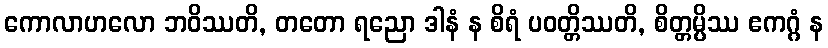
ကောလာဟလော ဘဝိဿတိ, တတော ရညော ဒါနံ န စိရံ ပဝတ္တိဿတိ, စိတ္တမ္ပိဿ ဧကဂ္ဂံ န